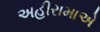
અહીરામાએ